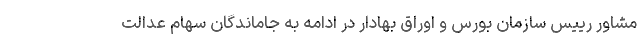
مشاور رییس سازمان بورس و اوراق بهادار در ادامه به جاماندگان سهام عدالت